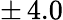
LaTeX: \pm\, 4.0